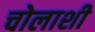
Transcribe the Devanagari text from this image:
चोलाशी